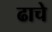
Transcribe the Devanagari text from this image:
ढाचे